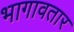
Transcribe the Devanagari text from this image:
भागावतार